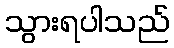
သွားရပါသည်